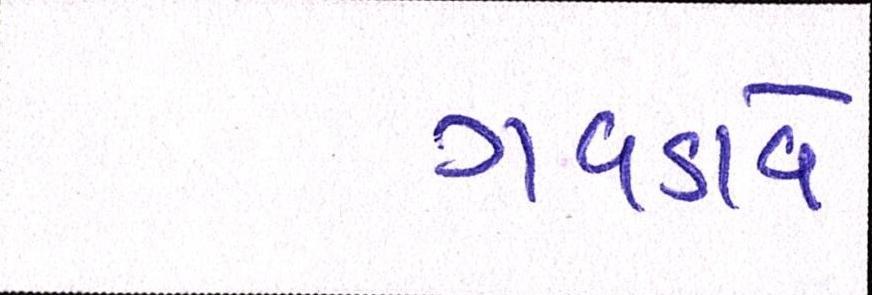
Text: ગવડાવે